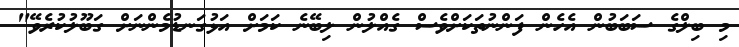
މި ބިލްގެ ސަބަބުން އެހެން ފަންނުތަކަށްވެސް ގެއްލުން ލިބޭނެ ކަމަށް އަޅުގަނޑުމެންނަށް ގަބޫލުކުރެވޭ"